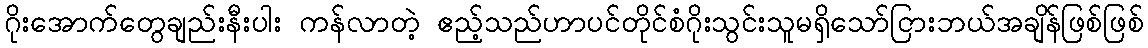
ဂိုးအောက်တွေချည်းနီးပါး ကန်လာတဲ့ ဧည့်သည်ဟာပင်တိုင်စံဂိုးသွင်းသူမရှိသော်ငြားဘယ်အချိန်ဖြစ်ဖြစ်